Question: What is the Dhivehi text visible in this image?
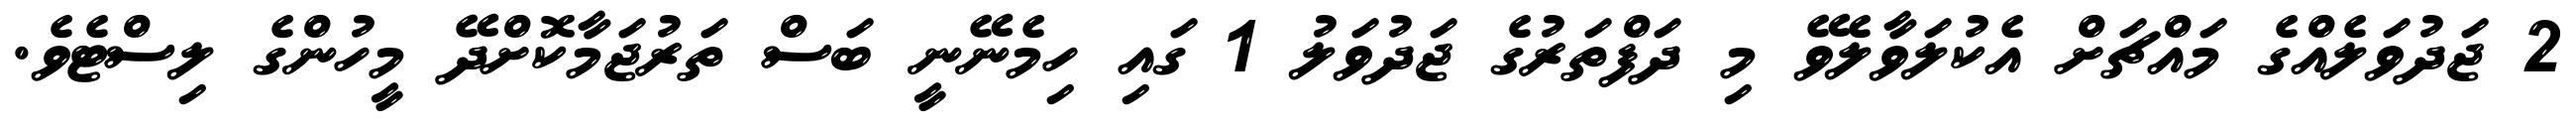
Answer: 2 ޖަދުވަލެއްގެ މައްޗަށް އެކުލަވާލެވޭ މި ދަފްތަރުގެ ޖަދުވަލު 1 ގައި ހިމެނޭނީ ބަސް ތަރުޖަމާކޮށްދޭ މީހުންގެ ލިސްޓެވެ.